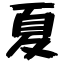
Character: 夏